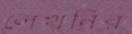
লেখনির